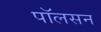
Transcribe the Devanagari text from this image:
पाॅलसन